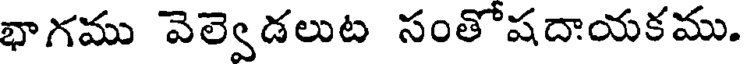
భాగము వెల్వెడలుట సంతోషదాయకము.